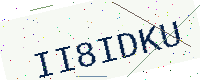
Text: II8IDKU